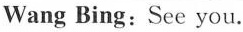
Wang Bing:See you.